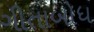
ગીતાબોધ